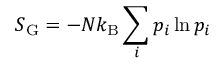
S _ { \mathrm { G } } = - N k _ { \mathrm { B } } \sum _ { i } p _ { i } \ln p _ { i }